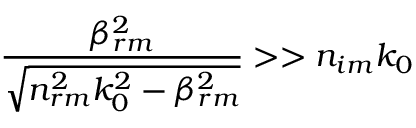
\frac { \beta _ { r m } ^ { 2 } } { \sqrt { n _ { r m } ^ { 2 } k _ { 0 } ^ { 2 } - \beta _ { r m } ^ { 2 } } } > > n _ { i m } k _ { 0 }